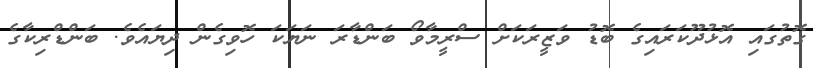
ގޮތުގައި އޮޅުދޫކަރައިގެ ބޮޑު ވަޒީރަކަށް ސްރީމާވޯ ބަންޑާރަ ނަޔަކަ ހޮވިގެން ދިޔައެވެ. ބަންޑްރިކާގެ